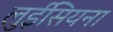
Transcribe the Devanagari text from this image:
लुईसियना